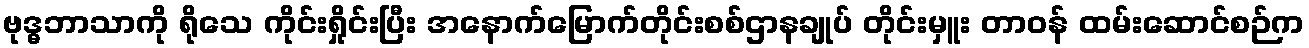
ဗုဒ္ဓဘာသာကို ရိုသေ ကိုင်းရှိုင်းပြီး အနောက်မြောက်တိုင်းစစ်ဌာနချုပ် တိုင်းမှူး တာဝန် ထမ်းဆောင်စဉ်က